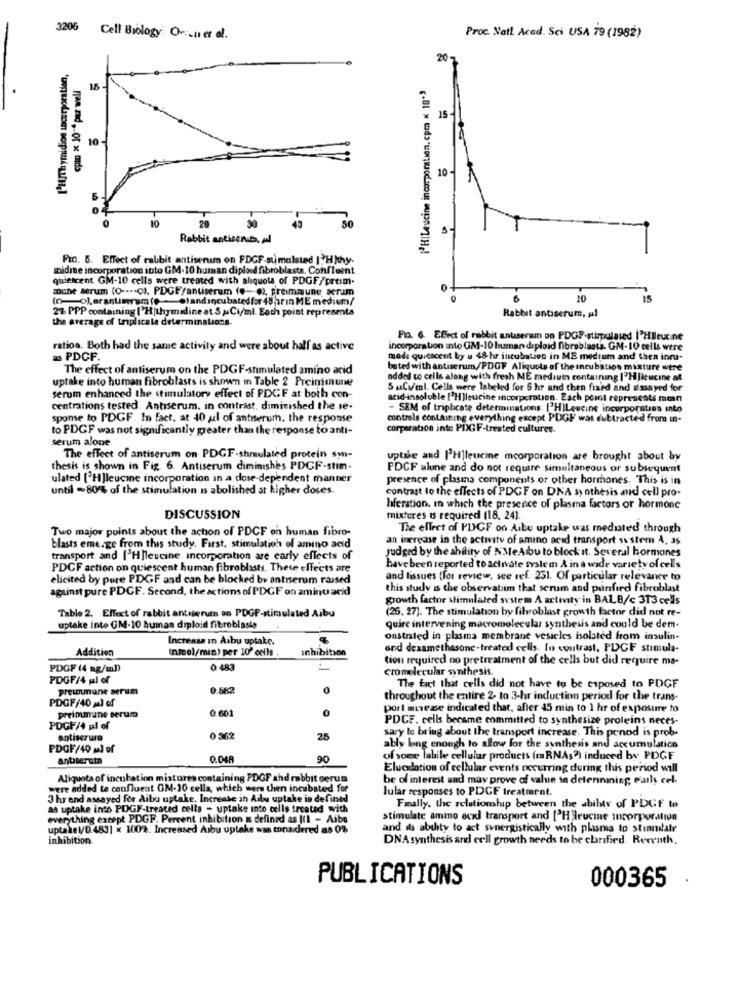
3206 Cell Biology: O -.. ner al.
Proc Natl Aced. Sci USA 79 (1982)
20.
L'H/Thymidion incorporation,
[H|Leucine incorporation. cpm × 10-3
15
15
10
10
30
10
20
43
50
Rabbit antison.b. Al
FIG. 6. Effect of rabbit antiserum on FDGF-sumulsted |?H)thy-
midie incorporation into GM-10 human diploid fibroblasts. Confluent
quiencent GM-10 cells were treated with aliquots of PDGF/preim-
mune serum (O ---- C), PDGF/antiserum (#-C), preimmune, serum
(o-o).erantimram(es)andincubatedfor 48 ;arın ME medium/
10
15
2% PPP containing ['H|thymidine at S , Ci/ml. Eoch point represents
the average of triplicala determinalions.
Rabbit antiserum, Al
Fio. 6. Effect of rabbit anuserum on PDOF.stimulated I'HBleucine
ration. Both had the same activity and were about half as active
incorporation into GM-10 human diploid fibroblasts. GM-10 cells were
23 PDCF.
mode quiescent by a 48-hr incubation in MB medium and then incu-
The effect of antiserum on the PDGF-stimulated amino acid
bated with antiserum/PDGF Aliquots of the incubation mixture were
uptake into human fibroblasts is shown in Table 2 Preimmune
added to cells along with fresh ME mediut containing |'Hlicucine at
5 &Co/ml. Cells were labeled for 6 hr and then fixed and dasayed for
serum enhanced the stimulatory effect of PDCF at both con-
acid-insoluble ['Hlleucine incorporation. Each porit represents mean
centrations tested. Antiserum. in contrast, diminished the ie-
- SEM of triphcate determinations. ['HILeucine incorporaties into
sponse to PDGF. In fact, at 40 yıl of antiserum. the response
controls containing everything except PDGF was subtracted from in.
to PDGF was not significantly greater than the response to anti-
corporation inte PDGF-treated cultures.
serum alone.
The effect of antiserum on PDGF-simulated protein sm-
uptake and ['H]leucine incorporation are brought about by
thesis is shown in Fig. 6. Antiserum diminishes PDCF-stim-
PDCF slune and do not require simultaneous or subsequent
ulated [ H]leucine incorporation In a dose-dependent manner
presence of plasma components or other hormones. This is in
until - 80% of the stimulation is abolished at higher doses.
contrast to the effects of PDGF on DNA synthesis and cell pro-
liferation, In which the presence of plasma factors or hormone
DISCUSSION
mixtures is required (18, 24).
Two major points about the action of PDCF on human fibro-
The effect of PDGF on Aibu uptake was mediated through
an increase in the activity of amino acid transport system A, as
blasts emerge from this study. First, stimulation of amino acid
Judged by the ability of NMeAlbu to block it. Several hormones
transport and I'H]leucine incorporation are carly effects of
PDCF action on quiescent human fibroblasts. These effects are
have been reported to activate svslem A in a wide variety of cells
elicited by pure PDGF and can be blocked by antiserum raised
and tissues (for review. see ref. 251. Of particular relevance to
against pure PDCF. Second, the actions of PDGF on amino acid
this study Is the observation that scrum and purified fibroblast
growth factor stimulated system A activity in BALB/c 313 cells
(26. 27]. The stimulation by fibroblast growth factor did not re-
Table 2. Effect of rabbit antiserum on PDGF-stimulated Aibu
uptake into GM-10 Auman diploid fibroblasts
quire intervening macromolecular synthesis and could be dem-
Increase In Aibu uptake.
onstrated in plasma membrane vesicles isolated from insulin-
Addition
(nicel/min) per 10" cells
Inhibition
and dexamethasone -treated cells. In contrast, PDGF stimula-
tion required no pretreatment of the cells but did require ma-
PDGF (4 ag/m))
0.483
cromolecular synthesis.
PDGF/4 pl of
preimmune serum
0.582
0
The fact that cells did not have to be exposed to PDGF
PDGF/40 ml of
throughout the entire 2- to 3-hr induction period for the trans-
0.60
0
porl muesse indicated that, after 45 min to 1 hr of exposure to
preimmune serum
PDCF. cells became committed to synthesize proteins neces-
PDGF/4 ul of
entiserur
0 362
25
sary lo bring about the transport increase. This penod is prob.
PDOF/40 ml of
ably bing enough to slow for the synthesis and accumulation
antiserutn
0.04
90
of some labile cellular products (mRNAs") induced by PDGF
Elucidation of cellular events occurring during this period will
Aliquota of incubation mistures containing PDGF ahd rabbit derum
be of interest and may prove of value in determining early cel-
were added to confluent GM-10 cella, which wers then incubated for
lular responses to PDCF treatment.
3 hr end assayed for Aibu uptake. Increase in Aibu uptake is defined
as uptake into PDGF-treated cells - uptake into celle treated with
Fmally, the relationship between the ability of PDGF to
everything except PDGF. Percent inhibition « defined as |11 - Aibe
stimulate amino acid transport and ["H leucine incorporation
uptakel/D.483] x 100/2. Increased Asbu uptake was tonaidered as 0%
and ils ability to act synergistically with plasma to stimulate
inhibition
DNA synthesis and cell growth needs to be clarified. Reeruth.
PUBLICATIONS
000365